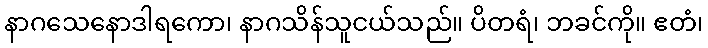
နာဂသေနောဒါရကော၊ နာဂသိန်သူငယ်သည်။ ပိတရံ၊ ဘခင်ကို။ ဧတံ၊